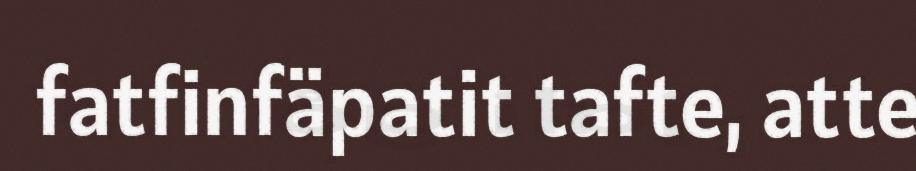
fatfinfäpatit tafte, atte